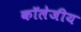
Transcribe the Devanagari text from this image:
कॉलेजीय